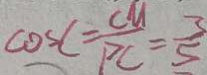
\cos C = \frac { C M } { P C } = \frac { 3 } { 5 }